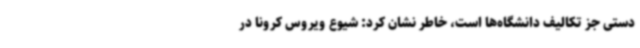
دستی جز تکالیف دانشگاه‌ها است، خاطر نشان کرد: شیوع ویروس کرونا در